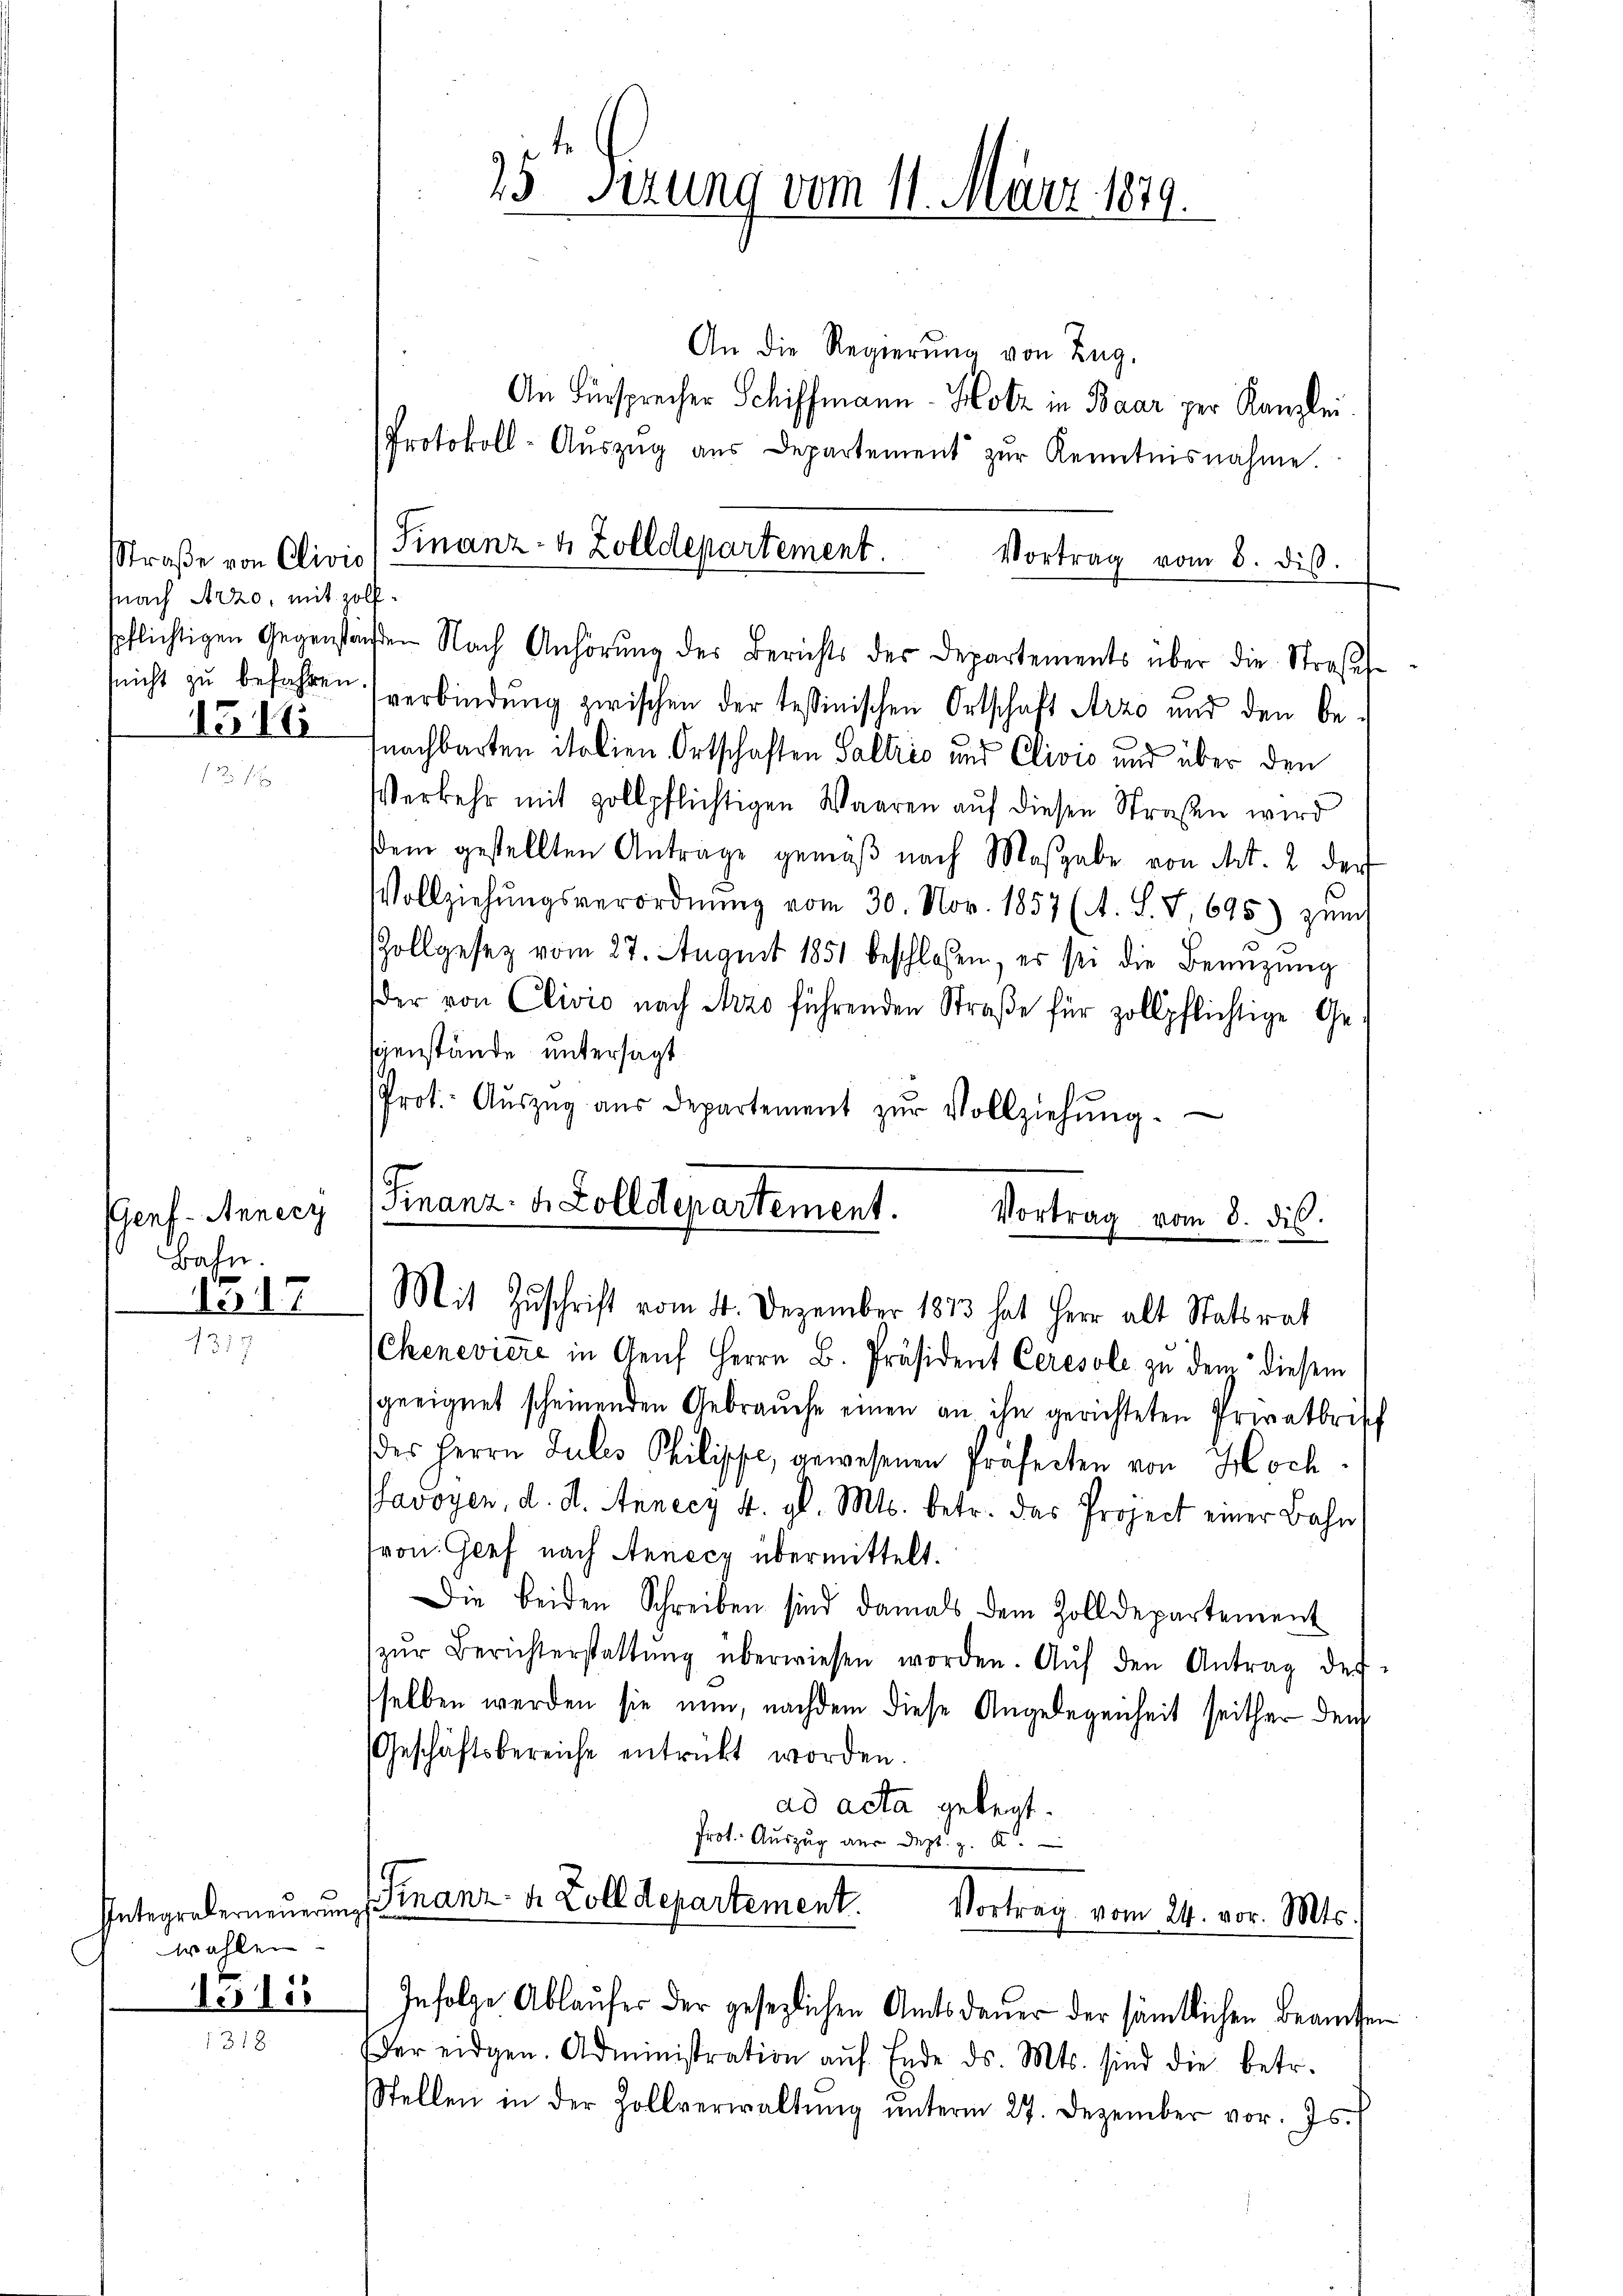
Straße von Clivio
nach Arzo, mit Holf¬

154

Genf. Generz
Bahn.

1217

wählen.

1515

15 Perung vom 11. März 1879.

An Einsprecher Schiffmann-Hotz in Baar per Kanzlei
Protokoll-Aŭszŭg aŭs Departement zŭr Kenntnisnahme.
Finanz- 4 Zolldepartement.

An die Regierŭng von Zug.
Vortrag vom 8. diβ.
spflichtigen Gegenständen Nach Anhörŭng des Berichts des Departements über die Strass-
snicht zu befahren verbindŭng zwischen der tessinischen Ortschaft Arze und den be-
nachbarten italien Ortschaften Galtris und Clivio und über den
Verkehr mit zollpflichtigen Waaren auf diesen Straßen wird
sdem gestellten Anträge gemäβ nach Maßgabe von Art. 2 der
Vollziehŭngsverordnŭng vom 30. Nov. 1857 (A. S. 7, 695) zŭmch
Zollgesetz vom 27. August 1851 beschlossen, er sei die Benüzung
der von Clivio nach Arzo führenden Straße für zollpflichtige Gegenstände untersagt
Prot. Aŭszŭg aŭs departement zŭr Vollziehŭng.
Finanz. v. Zolldepartement.
Vortrag vom 8. ds.
Mit Zuschrift vom 4. Dezember 1873 hat Herr alt Statsrat
Cheneviere in Aeŭf Herrn B. Präsident Ceresole zu dem diesem
sgeeignet scheinenden Gebraŭche einen an ihn gerichteten Privatbrisch
des Herrn Julis Philippe, gewesenen Präfecten von Hoch¬
Pavoyen, d. d. Annecz 4. gl. Mts. betr. das Project einer Bahn
von Genf nach Annecz übermittelt.
Die beiden Schreiben sind damals dem Zolldepartement
zŭr Berichterstattŭng überwiesen worden. Aŭf den Antrag der-
sselben werden sie nun, nachdem diese Angelegenheit seither den
Geschäftsbereiche entrückt worden.
ad acta gelegt.
Prot. Auszug aus Sept. z. B.

Integraderneuerung Finanz- u. Zoll departement
Vortrag vom 24. vor. Mts.
Infolge Ablaufes der gesezlichen Amtsdauer der sämtlichen Beamten

er eidgen. Administration aŭf Ende ds. Mts. sind die betr.
Stellen in der Zollverwaltŭng ŭnterm 27. Dezember vor. Js. (